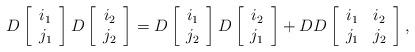
LaTeX: \begin{align*}D\left[\begin{array}{c} i_1\\j_1\end{array}\right]D\left[\begin{array}{c} i_2\\j_2\end{array}\right]=D\left[\begin{array}{c} i_1\\j_2\end{array}\right]D\left[\begin{array}{c} i_2\\j_1\end{array}\right]+DD\left[\begin{array}{cc}i_1&i_2\\j_1&j_2\end{array}\right],\end{align*}